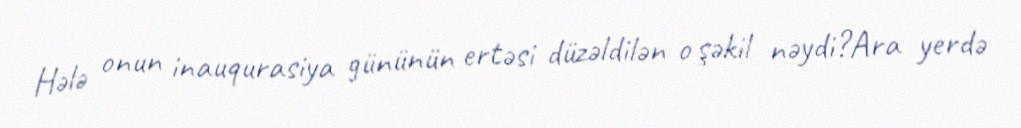
Hələ onun inauqurasiya gününün ertəsi düzəldilən o şəkil nəydi?Ara yerdə